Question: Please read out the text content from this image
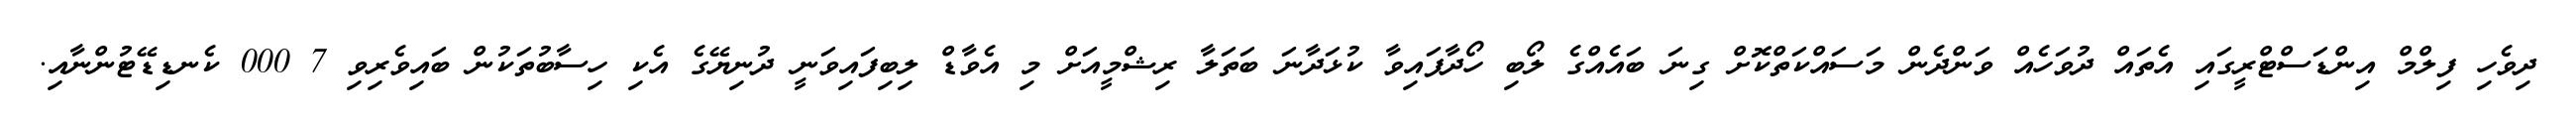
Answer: ދިވެހި ފިލްމް އިންޑަސްޓްރީގައި އެތައް ދުވަހެއް ވަންދެން މަސައްކަތްކޮށް ގިނަ ބައެއްގެ ލޯބި ހޯދާފައިވާ ކުޅަދާނަ ބަތަލާ ރިޝްމީއަށް މި އެވާޑް ލިބިފައިވަނީ ދުނިޔޭގެ އެކި ހިސާބުތަކުން ބައިވެރިވި 7 000 ކެނޑިޑޭޓުންނާއި.